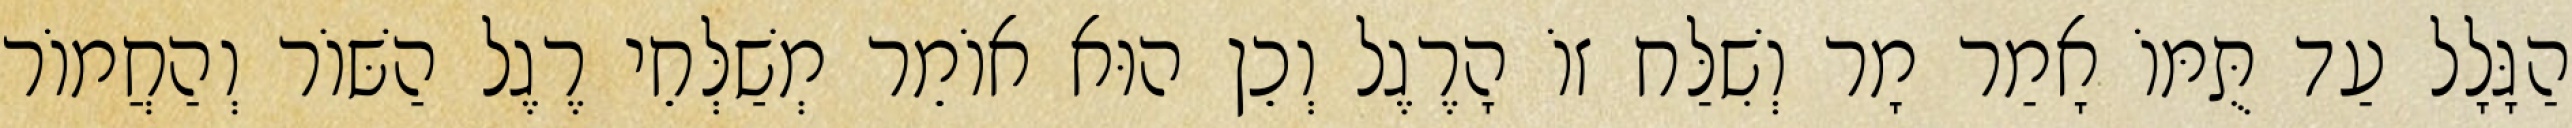
הַגָּלָל עַד תֻּמּוֹ אָמַר מָר וְשִׁלַּח זוֹ הָרֶגֶל וְכֵן הוּא אוֹמֵר מְשַׁלְּחֵי רֶגֶל הַשּׁוֹר וְהַחֲמוֹר